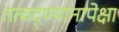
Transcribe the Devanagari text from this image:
तत्वद्ण्यानापेक्षा